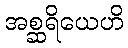
အစ္ဆရိယေဟိ